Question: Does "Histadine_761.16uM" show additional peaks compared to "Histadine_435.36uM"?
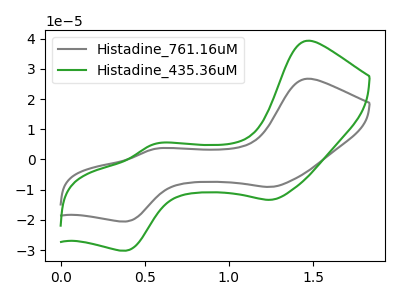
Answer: <think>The gray curve "Histadine_761.16uM" has anodic peaks at (1.45V, 26.70uA) (0.55V, 3.50uA) and cathodic peaks at (1.25V, -9.05uA) (0.40V, -20.50uA). The green curve "Histadine_435.36uM" has anodic peaks at (1.45V, 39.30uA) (0.55V, 5.15uA) and cathodic peaks at (1.25V, -13.35uA) (0.40V, -30.15uA).
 All the peaks in "Histadine_761.16uM" have a peak in "Histadine_435.36uM" at the same potential. Every peak in "Histadine_761.16uM" is lower than every peak in "Histadine_435.36uM".</think>
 <answer>No, "Histadine_761.16uM" and "Histadine_435.36uM" don't appear to be significantly different in shape</answer>
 <eval>no_change</eval>